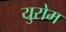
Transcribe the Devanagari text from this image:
युरोम